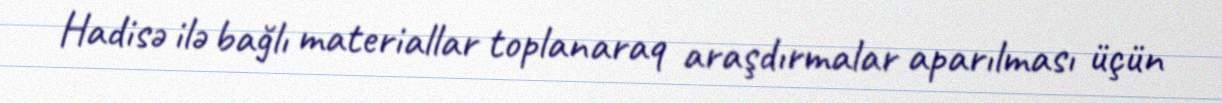
Hadisə ilə bağlı materiallar toplanaraq araşdırmalar aparılması üçün